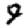
Digit: 9